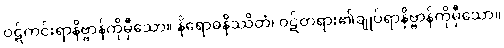
ဝဋ်ကင်းရာနိဗ္ဗာန်ကိုမှီသော။ နိရောဓနိဿိတံ၊ ဝဋ်တရား၏ချုပ်ရာနိဗ္ဗာန်ကိုမှီသော။